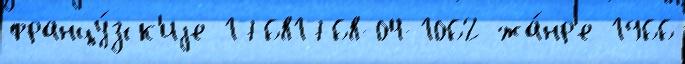
францу́зск'иjе 17681768-04-1062 жа́нр'е 1966